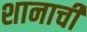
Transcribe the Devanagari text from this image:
शानाची